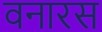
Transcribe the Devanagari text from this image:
वनारस